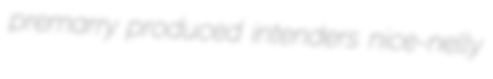
premarry produced intenders nice-nelly